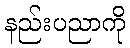
နည်းပညာကို